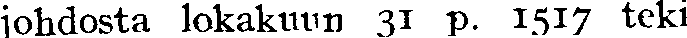
johdosta lokakuun 31 p. 1517 teki